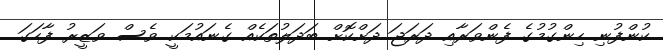
ކުންފުނި ހިންގުމުގެ ފެންވަރާއި ދަރަޖަ ދަށްކޮށް ބަދަލުތަކެއް ގެނައުމަކީ ވެސް ވަޒީރު ފާހަގަ